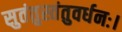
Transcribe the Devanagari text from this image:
सुतंतुस्तंतुवर्धनः।